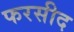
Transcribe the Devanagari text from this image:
फरसीद